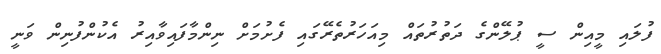
ފުލައި މީއިން ސީ ޕުލޭންގެ ދަތުރުތައް މިއަހަރުތެރޭގައި ފެށުމަށް ނިންމާފައިވާއިރު އެކުންފުނިން ވަނީ